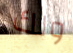
ولك